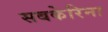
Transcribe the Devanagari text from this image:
सबकेरिना